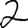
Digit: 2